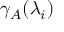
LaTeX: \gamma _ { A } ( \lambda _ { i } )